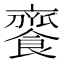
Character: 𩝦